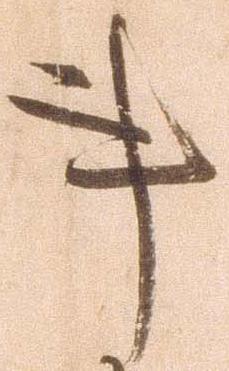
事